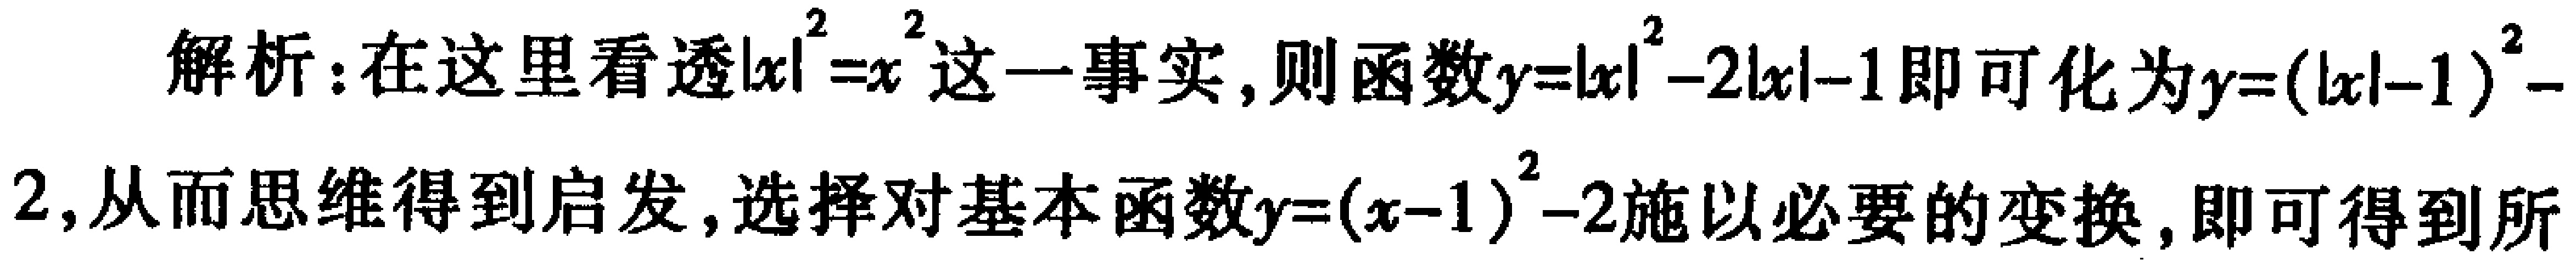
解析：在这里看透\(|x|^{2}=x^{2}\)这一事实，则函数\(y = |x|^{2}-2|x|-1\)即可化为\(y=(|x|-1)^{2}-2\)，从而思维得到启发，选择对基本函数\(y=(x - 1)^{2}-2\)施以必要的变换，即可得到所